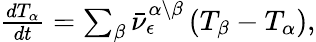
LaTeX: \begin{array}{r}{\frac{dT_{\alpha}}{dt}=\sum_{\beta}\bar{\nu}_{\epsilon}^{\alpha\backslash\beta}\left(T_{\beta}-T_{\alpha}\right),}\end{array}